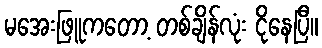
မအေးဖြူကတော့ တစ်ချိန်လုံး ငိုနေပြီ။